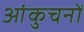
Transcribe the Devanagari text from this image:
आंकुचनों